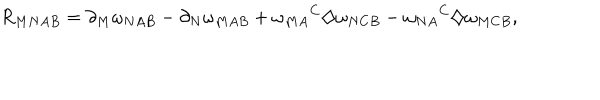
LaTeX: R _ { M N A B } = \partial _ { M } \omega _ { N A B } - \partial _ { N } \omega _ { M A B } + { \omega _ { M A } } ^ { C } \diamondsuit \omega _ { N C B } - { \omega _ { N A } } ^ { C } \diamondsuit \omega _ { M C B } ,